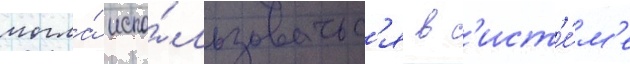
могла́ испо́льзоватьс'я в с'ист'е́м'е